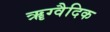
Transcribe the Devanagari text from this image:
ॠग्वैदिक